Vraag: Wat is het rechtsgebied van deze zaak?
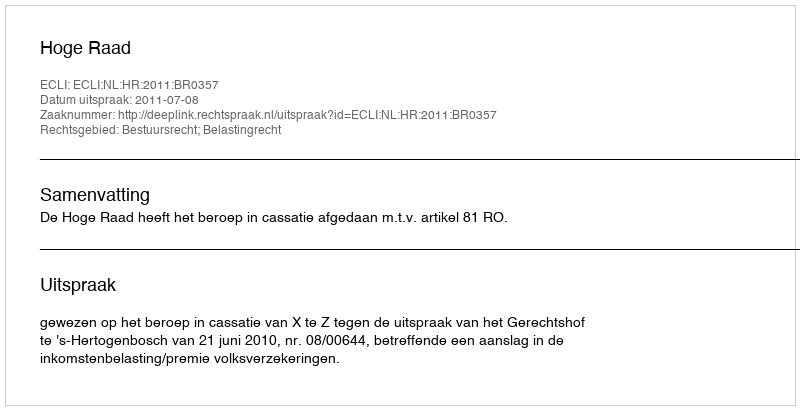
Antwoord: Bestuursrecht; Belastingrecht